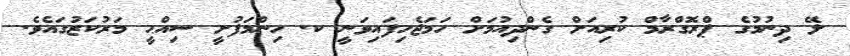
ލޭ ދިނުމުގެ ޕްރޮގްރާމް ކުރިއަށް ގެންދިއުމަށް ހަމަޖެހިފައިވަނީ ކ. ހިންމަފުށީ ސިއްޙީ މަރުކަޒުގައެވެ.